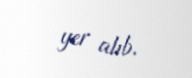
yer alıb.